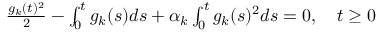
\begin{array} { r } { \frac { g _ { k } ( t ) ^ { 2 } } { 2 } - \int _ { 0 } ^ { t } g _ { k } ( s ) d s + \alpha _ { k } \int _ { 0 } ^ { t } g _ { k } ( s ) ^ { 2 } d s = 0 , \quad t \geq 0 } \end{array}